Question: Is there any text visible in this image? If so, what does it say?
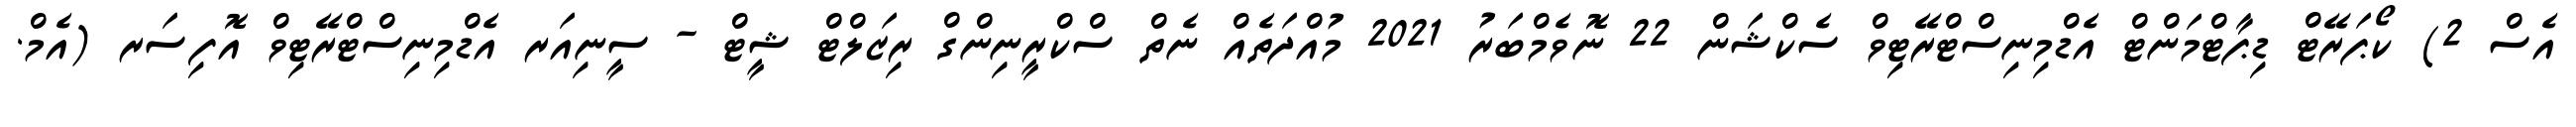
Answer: އެސް 2) ކޯޕަރޭޓް ޑިޕާޓްމަންޓް އެޑްމިނިސްޓްރޭޓިވް ސެކްޝަން 22 ނޮވެމްބަރު 2021 މުއްދަތެއް ނެތް ސްކްރީނިންގް ރިޒަލްޓް ޝީޓް - ސީނިއަރ އެޑްމިނިސްޓްރޭޓިވް އޮފިސަރ (އެމް.